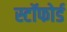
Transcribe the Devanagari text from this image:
स्टॉफोर्ड